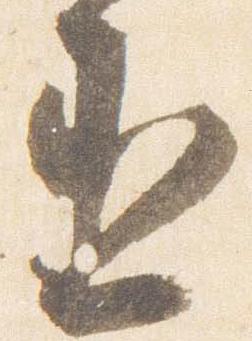
丞